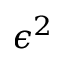
\epsilon ^ { 2 }